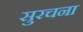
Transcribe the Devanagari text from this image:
सुरचना